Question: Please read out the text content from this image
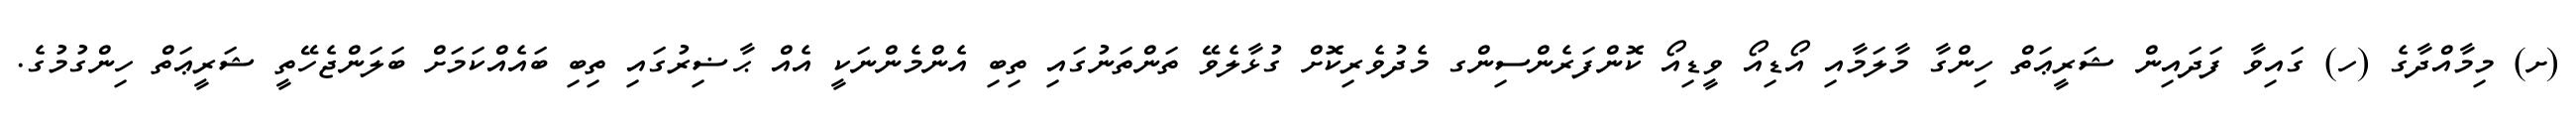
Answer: (ށ) މިމާއްދާގެ (ހ) ގައިވާ ފަދައިން ޝަރީޢަތް ހިންގާ މާލަމާއި އޯޑިއޯ ވީޑިއޯ ކޮންފަރެންސިންގ މެދުވެރިކޮށް ގުޅާލެވޭ ތަންތަނުގައި ތިބި އެންމެންނަކީ އެއް ޙާޟިރުގައި ތިބި ބައެއްކަމަށް ބަލަންޖެހޭތީ ޝަރީޢަތް ހިންގުމުގެ.